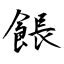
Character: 餦